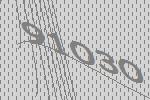
91030